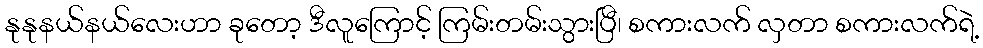
နုနုနယ်နယ်လေးဟာ ခုတော့ ဒီလူကြောင့် ကြမ်းတမ်းသွားပြီ၊ စကားလက် လှတာ စကားလက်ရဲ့